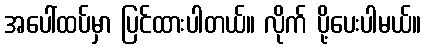
အပေါ်ထပ်မှာ ပြင်ထားပါတယ်။ လိုက် ပို့ပေးပါမယ်။